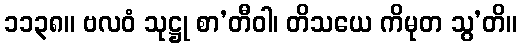
၁၁၃၈။ ဗလဝံ သုဋ္ဌု စာ’တီဝါ၊ တိသယေ ကိမုတ သွ’တိ။